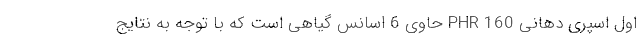
اول اسپری دهانی PHR 160 حاوی 6 اسانس گیاهی است که با توجه به نتایج